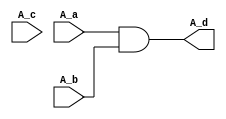
module A(A_a, A_b, A_c, A_d);
    input A_a, A_b, A_c;
    output A_d;
    assign A_d = A_a & A_b;
    //assign A_c = 1'b0;
endmodule

module B(B_a, B_b, B_c);
    input B_a, B_b;
    output B_c;
    A modins(
        .A_a(B_a),
        .A_b(B_b),
        .A_d(B_c)
    );
endmodule